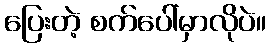
ပြေးတဲ့ စက်ပေါ်မှာလိုပဲ။